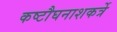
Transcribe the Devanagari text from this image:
कष्टौघनाशकर्त्रे